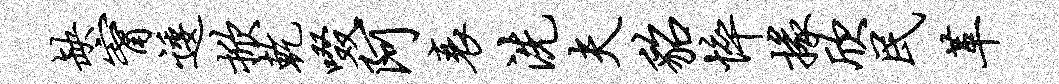
缺甯逶掀乾啜阿衰洗夫貂悴掾欣民革